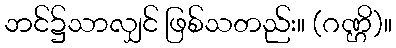
ဘင်၌သာလျှင် ဖြစ်သတည်း။ (ဂဏ္ဌိ)။